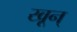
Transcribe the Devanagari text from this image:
खून्